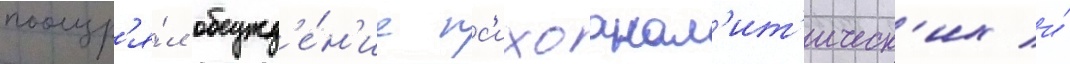
поощр'я́л обсужд'е́н'ие пс'ихоанал'ит'ическ'их и́